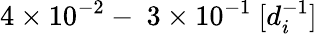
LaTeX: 4\times 10^{-2}-~3\times 10^{-1}~[d_{i}^{-1}]